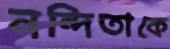
নন্দিতাকে